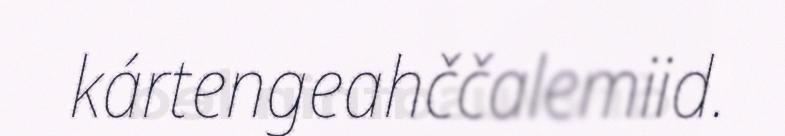
kártengeahččalemiid.